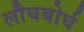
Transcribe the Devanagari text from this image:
लौघबोर्घ